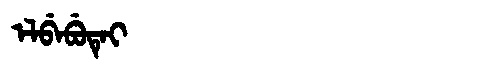
Manchu: ᡝᠯᠪᡝᠪᡠᡨᡝᡳ
Romanization: ELBEBUTEI